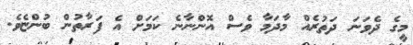
މީގެ ދެވަނަ ދަތުރެއް މާދަމާ ވެސް އޮންނާނެ ކަމަށް އެ ފަރާތުން ބުންޏެވެ.